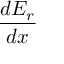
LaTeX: \frac { d E _ { r } } { d x }